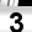
Digit: 3